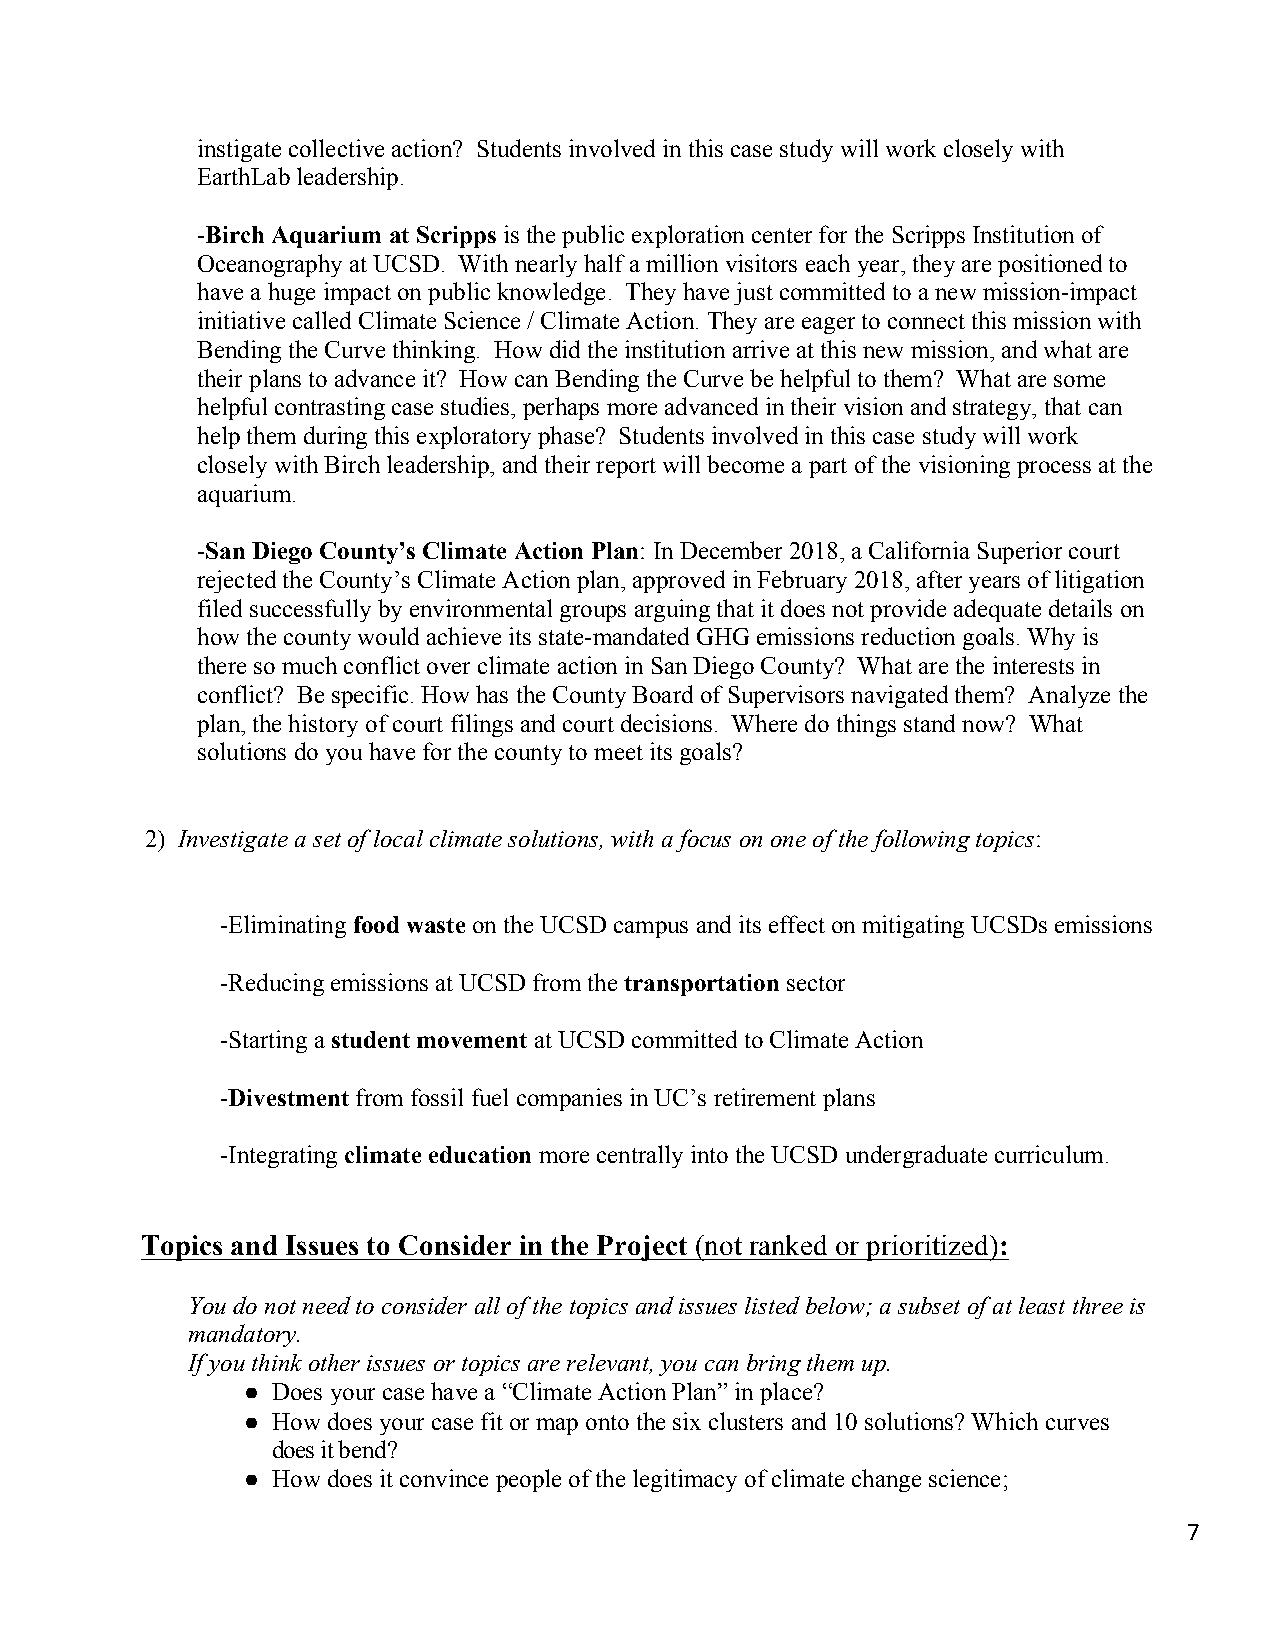
instigate collective action? Students involved in this case study will work closely with
 EarthLab leadership.
 -Birch Aquarium at Scripps is the public exploration center for the Scripps Institution of
 Oceanography at UCSD. With nearly half a million visitors each year, they are positioned to
 have a huge impact on public knowledge. They have just committed to a new mission-impact
 initiative called Climate Science / Climate Action. They are eager to connect this mission with
 Bending the Curve thinking. How did the institution arrive at this new mission, and what are
 their plans to advance it? How can Bending the Curve be helpful to them? What are some
 helpful contrasting case studies, perhaps more advanced in their vision and strategy, that can
 help them during this exploratory phase? Students involved in this case study will work
 closely with Birch leadership, and their report will become a part of the visioning process at the
 aquarium.
 -San Diego County’s Climate Action Plan: In December 2018, a California Superior court
 rejected the County’s Climate Action plan, approved in February 2018, after years of litigation
 filed successfully by environmental groups arguing that it does not provide adequate details on
 how the county would achieve its state-mandated GHG emissions reduction goals. Why is
 there so much conflict over climate action in San Diego County? What are the interests in
 conflict? Be specific. How has the County Board of Supervisors navigated them? Analyze the
 plan, the history of court filings and court decisions. Where do things stand now? What
 solutions do you have for the county to meet its goals?
 2) Investigate a set of local climate solutions, with a focus on one of the following topics:
 -Eliminating food waste on the UCSD campus and its effect on mitigating UCSDs emissions
 -Reducing emissions at UCSD from the transportation sector
 -Starting a student movement at UCSD committed to Climate Action
 -Divestment from fossil fuel companies in UC’s retirement plans
 -Integrating climate education more centrally into the UCSD undergraduate curriculum.
 Topics and Issues to Consider in the Project (not ranked or prioritized):
 You do not need to consider all of the topics and issues listed below; a subset of at least three is
 mandatory.
 If you think other issues or topics are relevant, you can bring them up.
 ● Does your case have a “Climate Action Plan” in place?
 ● How does your case fit or map onto the six clusters and 10 solutions? Which curves
 does it bend?
 ● How does it convince people of the legitimacy of climate change science;
 7